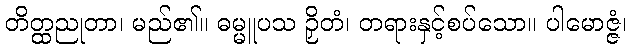
တိတ္ထညုတာ၊ မည်၏။ ဓမ္မူပသ ဉှိတံ၊ တရားနှင့်စပ်သော။ ပါမောဇ္ဇံ၊